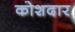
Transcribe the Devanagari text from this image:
कोशदार